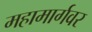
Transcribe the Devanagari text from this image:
महामार्गवर